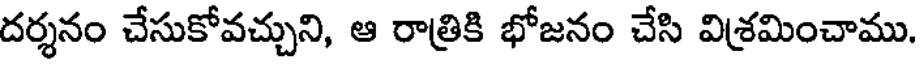
దర్శనం చేసుకోవచ్చుని, ఆ రాత్రికి భోజనం చేసి విశ్రమించాము.